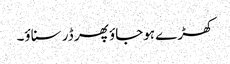
کھڑے ہوجاؤ پھر ڈر سناؤ۔